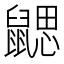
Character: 𪕳